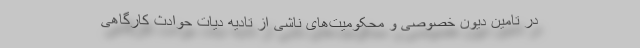
در تامین دیون خصوصی و محکومیت‌های ناشی از تادیه دیات حوادث کارگاهی